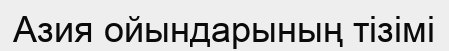
Азия ойындарының тізімі